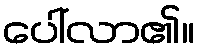
ပေါ်လာ၏။